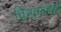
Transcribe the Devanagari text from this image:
विभागाचेही